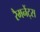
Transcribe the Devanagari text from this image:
रैमनेंट्स